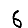
Digit: 6